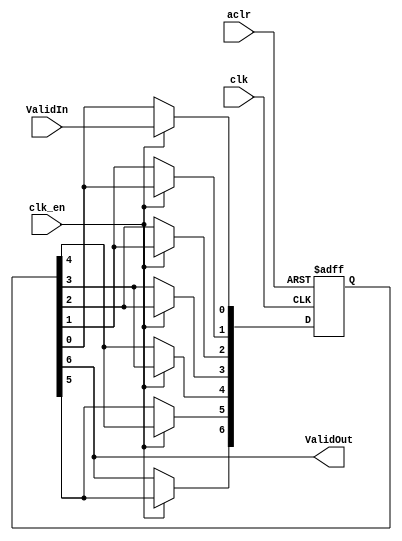
//Multiply + Add = 5 + 2 = 7 Cycles latency
module ValidPipeline
	#(parameter Stages = 7)
	(clk, clk_en, aclr, ValidIn, ValidOut);
	input clk, clk_en, aclr;
	input ValidIn;
	output ValidOut;
	
	reg [Stages-1:0] Validreg;
	
	integer index;
	
	always@(posedge clk, posedge aclr) begin
		if(aclr) begin
			for(index = 0; index < Stages; index = index + 1) begin: clearRegs
				Validreg[index] <= 0;
			end
		end
		else if(clk_en) begin
			Validreg[0] <= ValidIn;
			for(index = 0; index < Stages - 1; index = index + 1) begin: Tranmit
				Validreg[index+1] <= Validreg[index];
			end		
		end
		else begin
			for(index = 0; index < Stages - 1; index = index + 1) begin: KeepState
				Validreg[index] <= Validreg[index];
			end
		end
		
	end

	assign ValidOut = Validreg[Stages-1];
	
endmodule